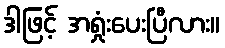
ဒါဖြင့် အရှုံးပေးပြီလား။